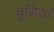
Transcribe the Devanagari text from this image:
चूडियां